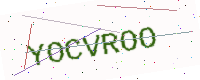
Text: YOCVROO